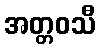
အတ္တဝသီ